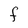
Character: F